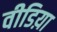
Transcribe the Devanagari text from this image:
वीडिय़ा